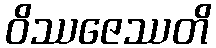
ဝိဿဇေဿတိ